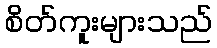
စိတ်ကူးများသည်